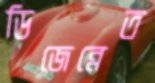
ডিজেন্নেত